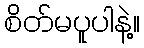
စိတ်မပူပါနဲ့။